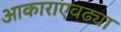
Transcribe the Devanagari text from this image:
आकाराएवढ्या